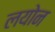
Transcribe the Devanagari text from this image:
लयोन